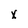
Character: x